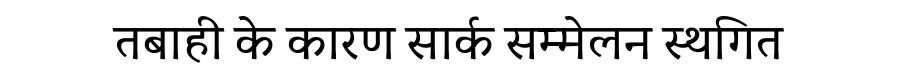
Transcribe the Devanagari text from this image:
तबाही के कारण सार्क सम्मेलन स्थगित